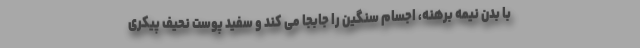
با بدن نیمه برهنه، اجسام سنگین را جابجا می کند و سفید پوست نحیف پیکری